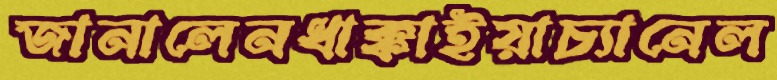
জানালেনধাক্কাইয়াচ্যানেল